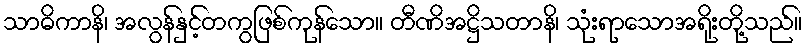
သာဓိကာနိ၊ အလွန်နှင့်တကွဖြစ်ကုန်သော။ တီဏိအဋ္ဌိသတာနိ၊ သုံးရာသောအရိုးတို့သည်။